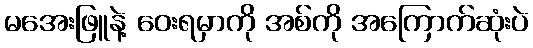
မအေးဖြူနဲ့ ဝေးရမှာကို အစ်ကို အကြောက်ဆုံးပဲ